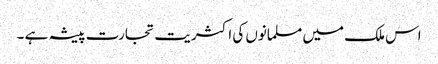
اس ملک میں مسلمانوں کی اکثریت تجارت پیشہ ہے ۔